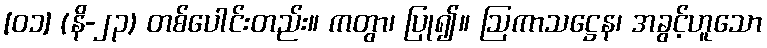
[၀၁] (နိ-၂၃) တစ်ပေါင်းတည်း။ ကတွာ၊ ပြု၍။ ဩကာသဋ္ဌေန၊ အခွင့်ဟူသော